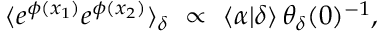
\langle e ^ { \phi ( x _ { 1 } ) } e ^ { \phi ( x _ { 2 } ) } \rangle _ { \delta } ~ \propto ~ \langle \alpha | \delta \rangle \, \theta _ { \delta } ( 0 ) ^ { - 1 } ,